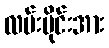
လမ်းပိုင်းအား